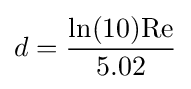
d={\ln(10)\mathrm {Re}  \over 5.02}